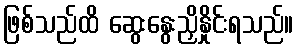
ဖြစ်သည်ထိ ဆွေးနွေးညှိနှိုင်းရသည်။